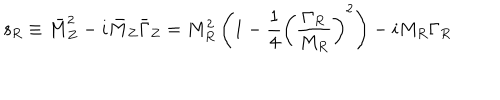
{ \mathsf { s } } _ { R } \equiv \bar { M } _ { Z } ^ { 2 } - i \bar { M } _ { Z } \bar { \Gamma } _ { Z } = M _ { R } ^ { 2 } \left( 1 - \frac { 1 } { 4 } \left( \frac { \Gamma _ { R } } { M _ { R } } \right) ^ { 2 } \right) - i M _ { R } \Gamma _ { R }